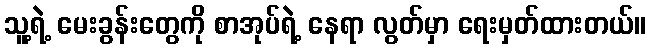
သူ့ရဲ့ မေးခွန်းတွေကို စာအုပ်ရဲ့ နေရာ လွတ်မှာ ရေးမှတ်ထားတယ်။